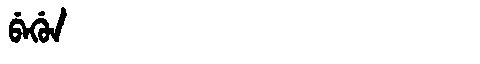
Manchu: ᠪᡝᡤᡠᠨ
Romanization: BEGUN